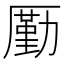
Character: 𠪲